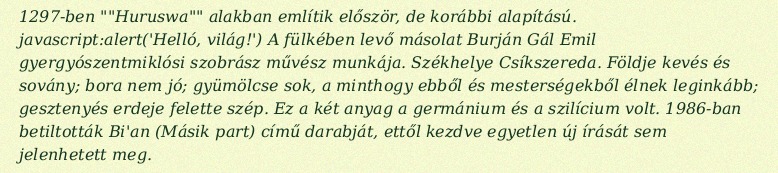
1297-ben ""Huruswa"" alakban említik először, de korábbi alapítású. javascript:alert('Helló, világ!') A fülkében levő másolat Burján Gál Emil gyergyószentmiklósi szobrász művész munkája. Székhelye Csíkszereda. Földje kevés és sovány; bora nem jó; gyümölcse sok, a minthogy ebből és mesterségekből élnek leginkább; gesztenyés erdeje felette szép. Ez a két anyag a germánium és a szilícium volt. 1986-ban betiltották Bi'an (Másik part) című darabját, ettől kezdve egyetlen új írását sem jelenhetett meg.